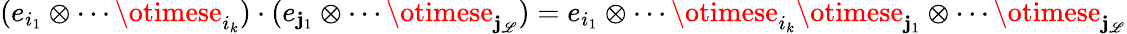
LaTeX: (e_{i_{1}}\otimes\cdots\otimese_{i_{k}})\cdot(e_{\mathbf{j}_{1}}\otimes\cdots\otimese_{\mathbf{j}_{\mathscr{L}}})=e_{i_{1}}\otimes\cdots\otimese_{i_{k}}\otimese_{\mathbf{j}_{1}}\otimes\cdots\otimese_{\mathbf{j}_{\mathscr{L}}}